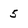
Character: 5